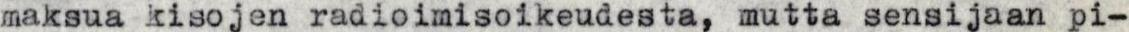
maksua kisojen radioimisoikeudesta, mutta sensijaan pi-